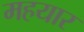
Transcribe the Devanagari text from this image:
महयार